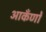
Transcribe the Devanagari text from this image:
आकँणों